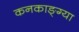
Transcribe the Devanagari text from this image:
कनकाङ्ग्या